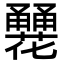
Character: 𤰏